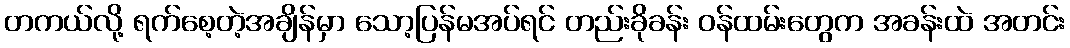
တကယ်လို့ ရက်စေ့တဲ့အချိန်မှာ သော့ပြန်မအပ်ရင် တည်းခိုခန်း ဝန်ထမ်းတွေက အခန်းထဲ အတင်း